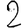
Digit: 2